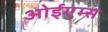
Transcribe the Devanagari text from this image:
ओईएम्स